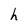
Character: h